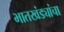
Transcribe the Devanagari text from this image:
भातखंड्यांचा